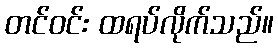
တင်ဝင်း ထရပ်လိုက်သည်။